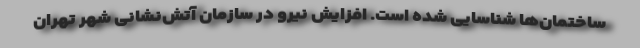
ساختمان‌ها شناسایی شده است. افزایش نیرو در سازمان آتش‌نشانی شهر تهران